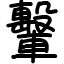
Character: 轚